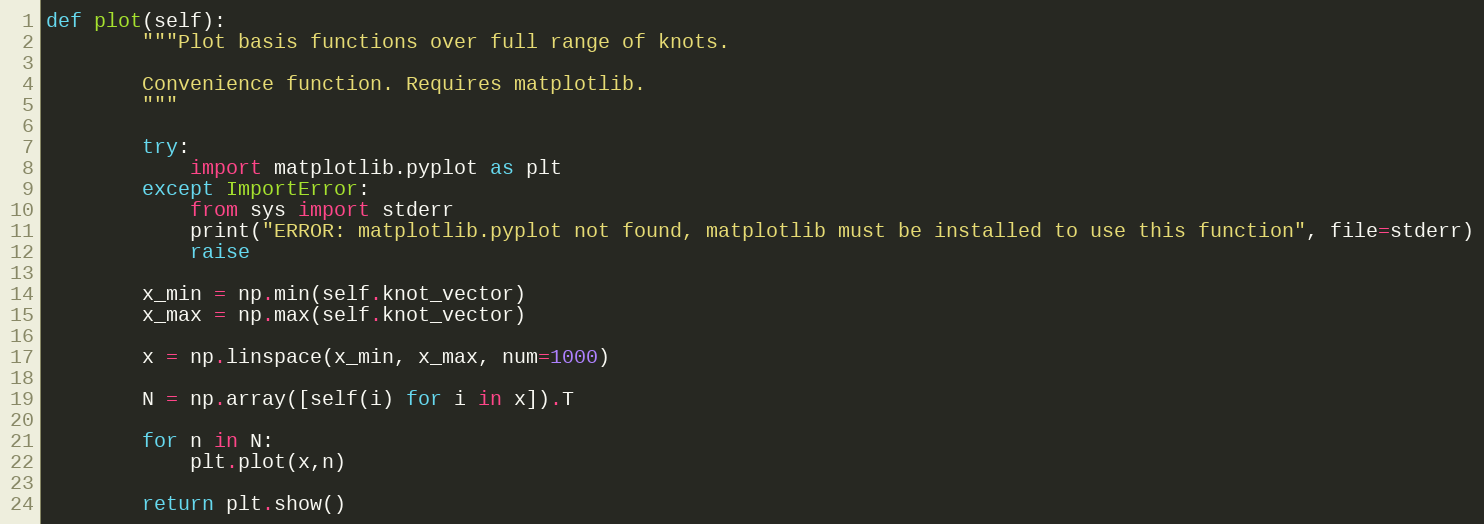
Language: Python
def plot(self):
        """Plot basis functions over full range of knots.

        Convenience function. Requires matplotlib.
        """

        try:
            import matplotlib.pyplot as plt
        except ImportError:
            from sys import stderr
            print("ERROR: matplotlib.pyplot not found, matplotlib must be installed to use this function", file=stderr)
            raise

        x_min = np.min(self.knot_vector)
        x_max = np.max(self.knot_vector)

        x = np.linspace(x_min, x_max, num=1000)

        N = np.array([self(i) for i in x]).T

        for n in N:
            plt.plot(x,n)

        return plt.show()